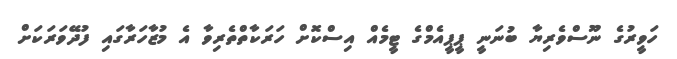
ހަވީރުގެ ނޫސްވެރިޔާ ބުނަނީ ޕީޕީއެމްގެ ޓީމެއް އިސްކޮށް ހަރަކާތްތެރިވާ އެ މުޒާހަރާގައި ފުދޭވަރަކަށް